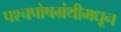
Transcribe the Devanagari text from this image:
पश्चपोषग्रंथीमधून